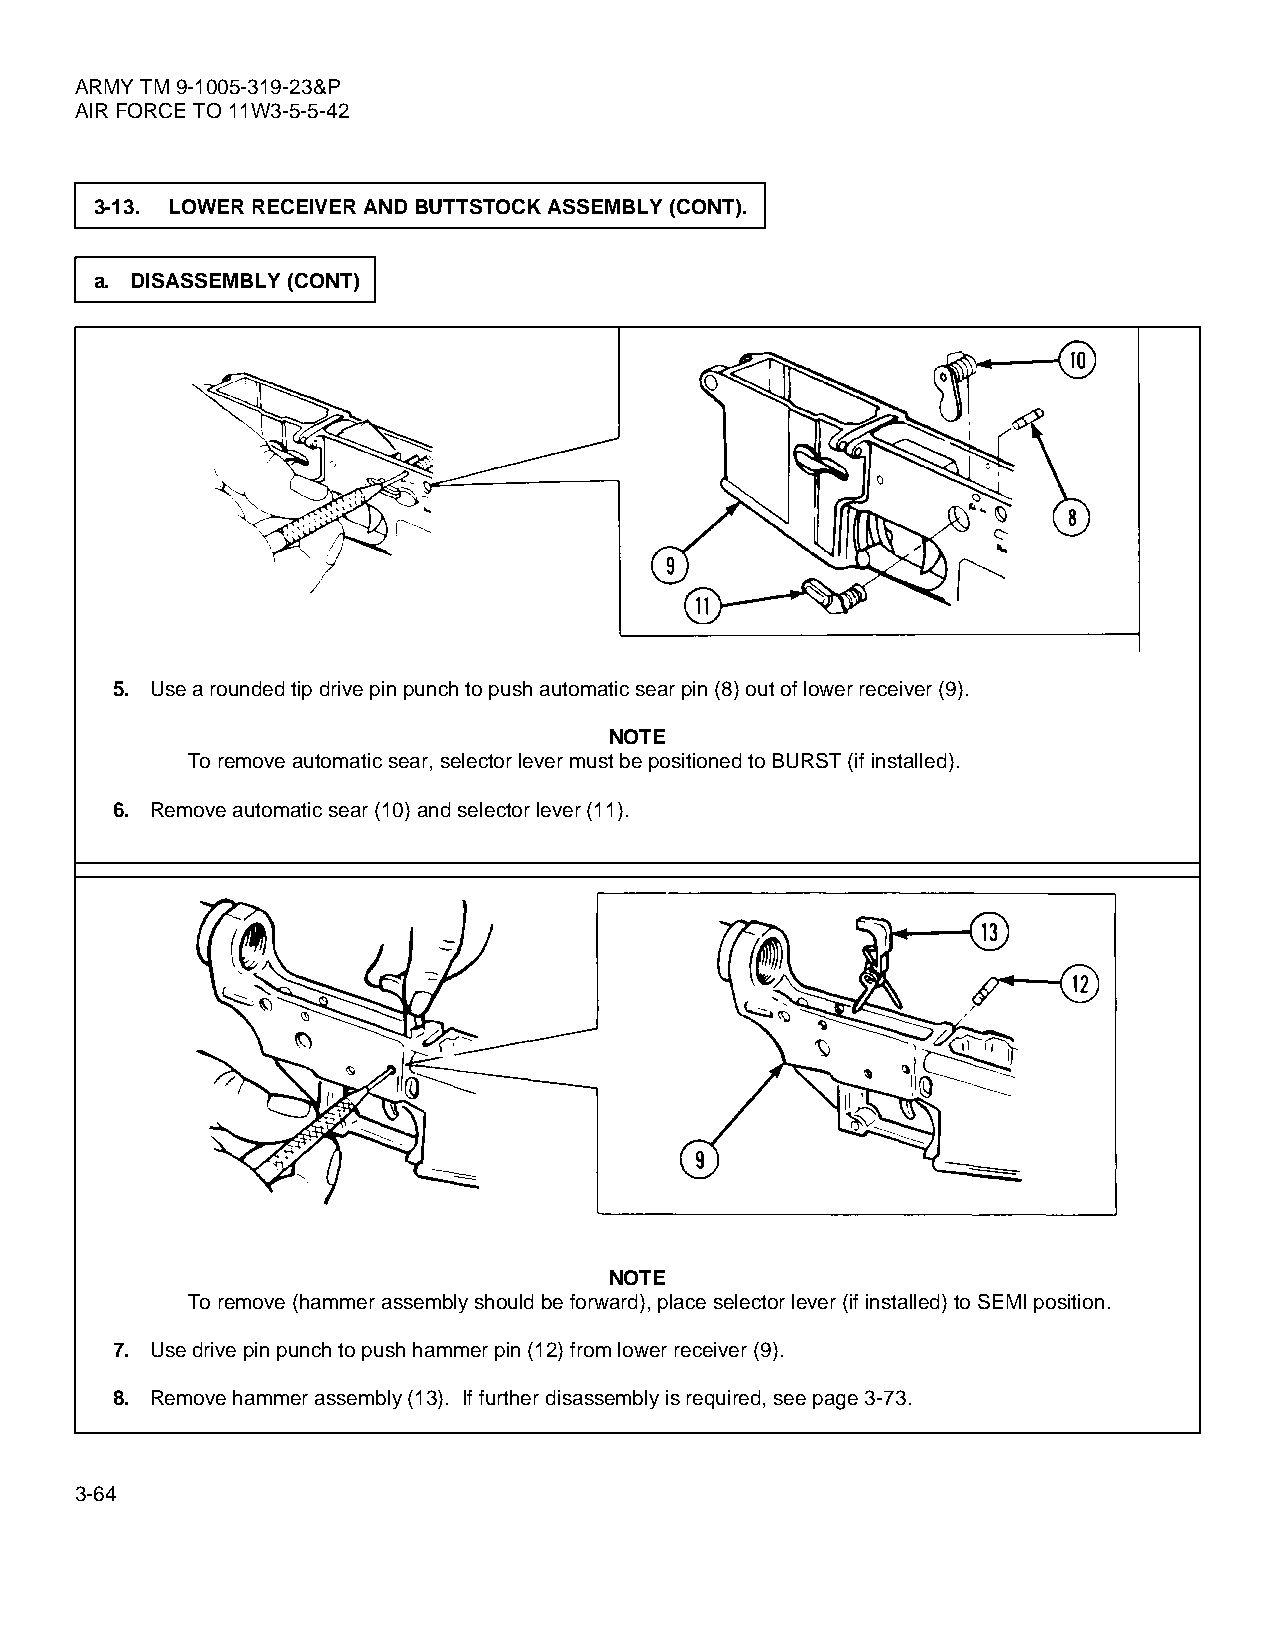
ARMY TM 9-1005-319-23&P
 AIR FORCE TO 11W3-5-5-42
 3-13. LOWER RECEIVER AND BUTTSTOCK ASSEMBLY (CONT).
 a. DISASSEMBLY (CONT)
 5. Use a rounded tip drive pin punch to push automatic sear pin (8) out of lower receiver (9).
 NOTE
 To remove automatic sear, selector lever must be positioned to BURST (if installed).
 6. Remove automatic sear (10) and selector lever (11).
 NOTE
 To remove (hammer assembly should be forward), place selector lever (if installed) to SEMI position.
 7. Use drive pin punch to push hammer pin (12) from lower receiver (9).
 8. Remove hammer assembly (13). If further disassembly is required, see page 3-73.
 3-64